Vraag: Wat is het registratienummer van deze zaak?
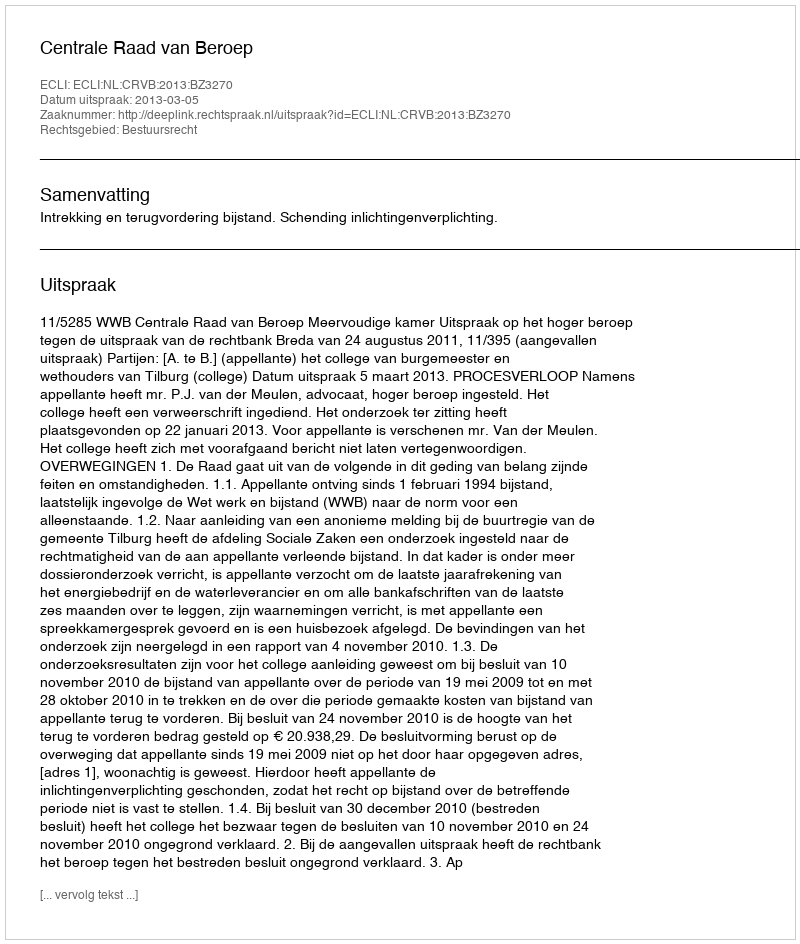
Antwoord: http://deeplink.rechtspraak.nl/uitspraak?id=ECLI:NL:CRVB:2013:BZ3270